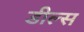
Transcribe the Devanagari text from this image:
डील्स